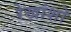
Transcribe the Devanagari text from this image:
रेखांशो